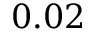
0 . 0 2